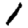
Digit: 1